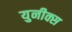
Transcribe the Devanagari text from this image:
युनीक्स